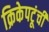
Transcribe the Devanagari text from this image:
क्रिकेपटूंची